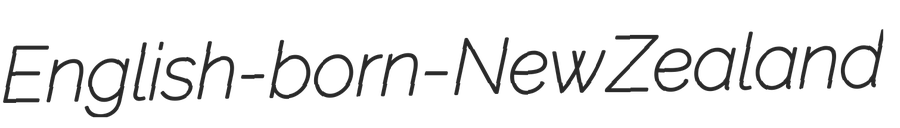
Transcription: English-born-New Zealand